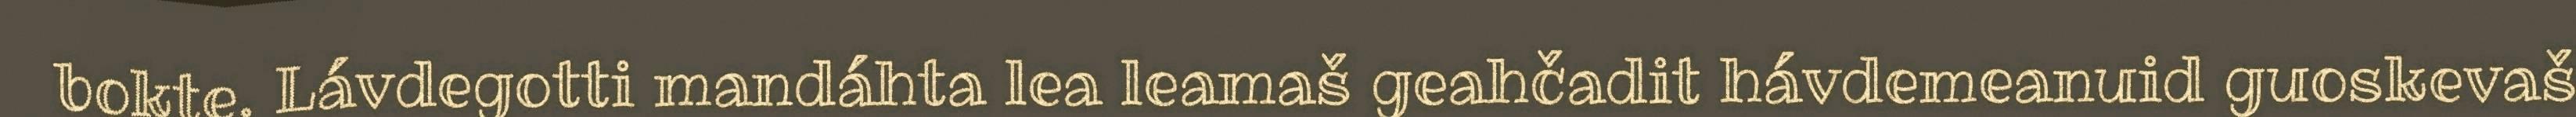
bokte. Lávdegotti mandáhta lea leamaš geahčadit hávdemeanuid guoskevaš